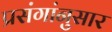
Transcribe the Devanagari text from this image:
प्रसंगांनुसार